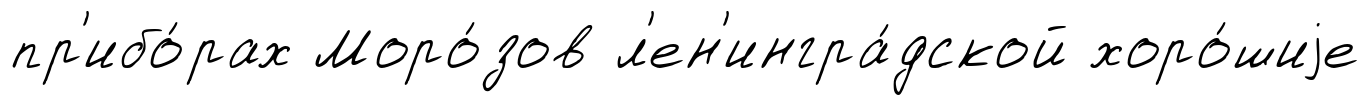
пр'ибо́рах Моро́зов л'ен'ингра́дской хоро́шиjе